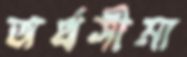
অর্থসীমা